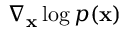
\nabla _ { \mathbf { x } } \log { p ( \mathbf { x } ) }